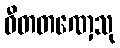
ဝီတတဏှေသု